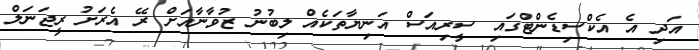
އަދި އެ އެކްސިޑެންޓްގައި ސީރިއަސް އަނިޔާތަކެއް ލިބުނު ޒުވާނާއަށް ރޭ އެރަށު ރީޖަނަލް